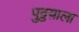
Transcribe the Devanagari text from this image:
पुठ्ठय़ाला